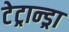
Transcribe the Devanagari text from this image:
टेट्रान्ड्रा